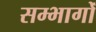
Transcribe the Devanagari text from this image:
सम्भागोँ